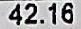
42.16